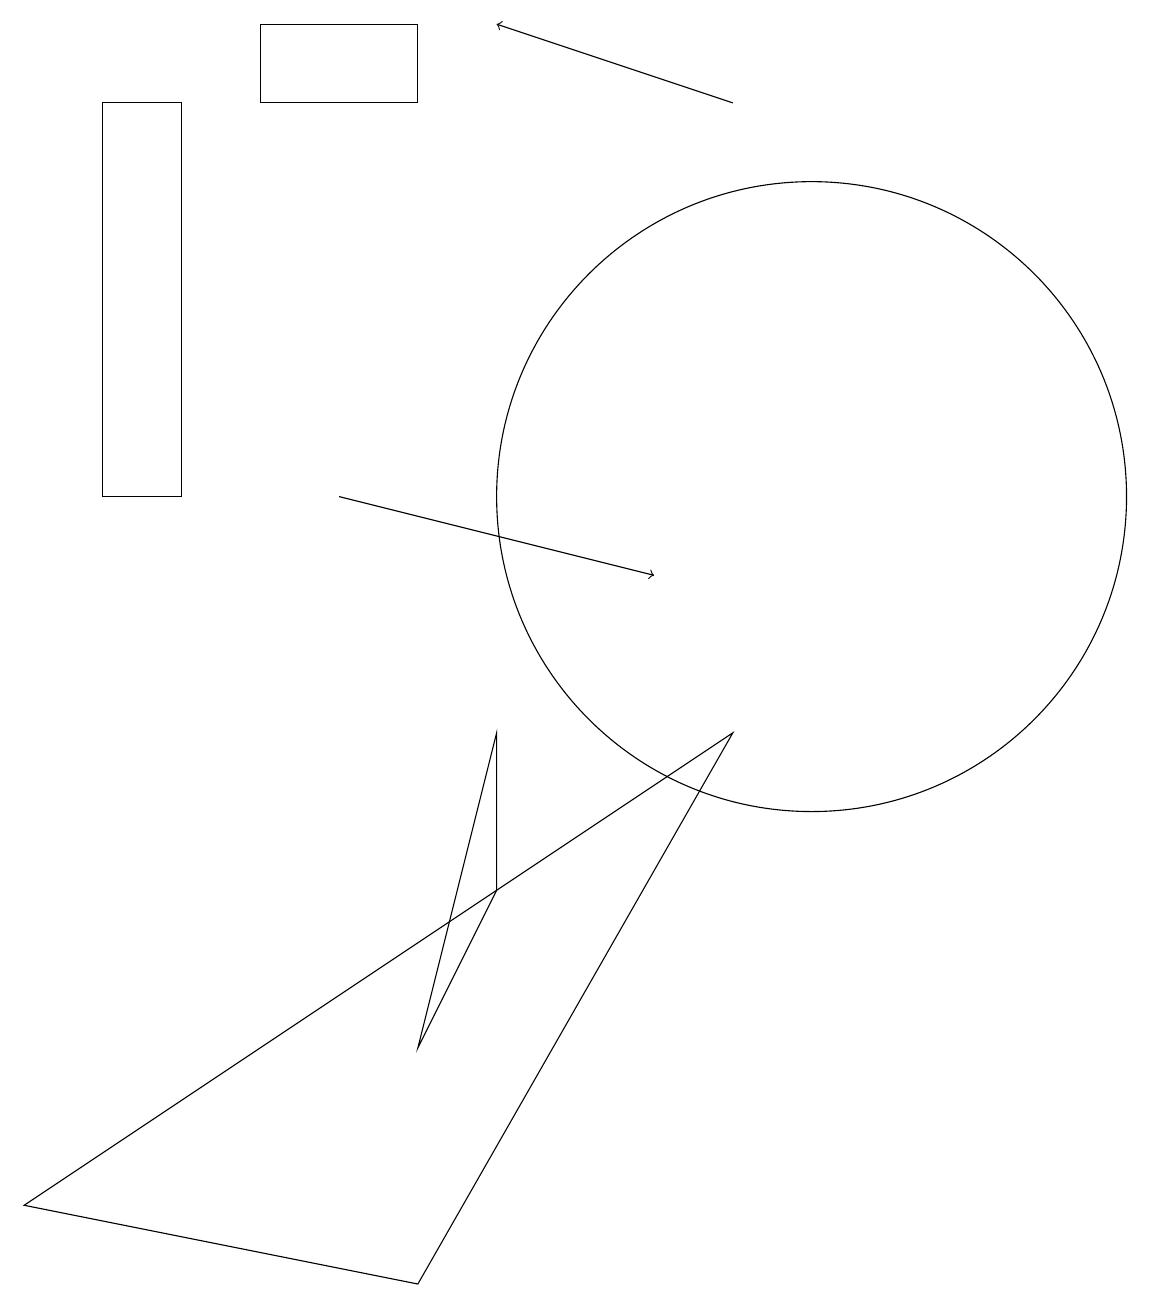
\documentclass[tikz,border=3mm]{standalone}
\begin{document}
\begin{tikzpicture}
\draw[->] (4,12) -- (8,11);
\draw (6,7) -- (6,9) -- (5,5) -- cycle;
\draw (0,3) -- (5,2) -- (9,9) -- cycle;
\draw (1,12) rectangle (2,17);
\draw (10,12) circle (4);
\draw[->] (9,17) -- (6,18);
\draw (3,18) rectangle (5,17);
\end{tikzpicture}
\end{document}